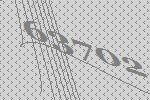
63702